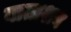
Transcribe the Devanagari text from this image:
वाताशय